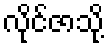
လိုင်ဇာသို့